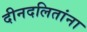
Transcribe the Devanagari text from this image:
दीनदलितांना